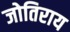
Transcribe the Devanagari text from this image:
जोतिराय